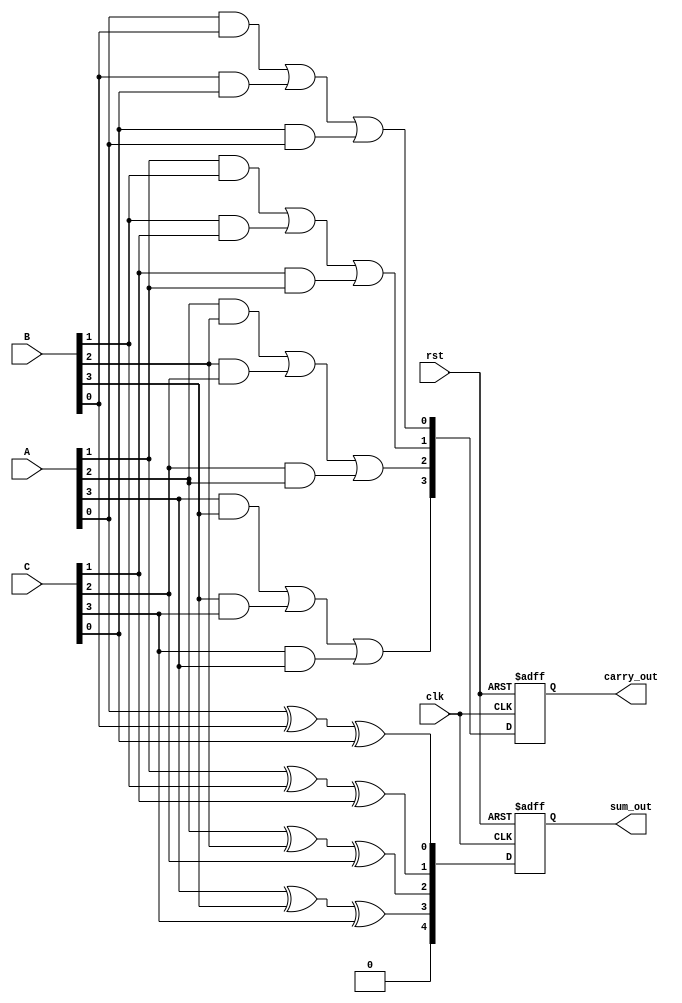
module carry_save_adder #(
    parameter WIDTH = 4 // Width of input numbers
)(
    input [WIDTH-1:0] A, // First input
    input [WIDTH-1:0] B, // Second input
    input [WIDTH-1:0] C, // Third input
    input clk,           // Clock signal
    input rst,           // Reset signal
    output reg [WIDTH:0] sum_out, // Final sum output (WIDTH+1 to accommodate carry)
    output reg [WIDTH-1:0] carry_out // Final carry output
);

    // Internal signals for partial sums and carries
    wire [WIDTH-1:0] partial_sum_1, partial_carry_1;
    wire [WIDTH-1:0] partial_sum_2, partial_carry_2;

    // Generate partial sums and carries
    genvar i;
    generate
        for (i = 0; i < WIDTH; i = i + 1) begin : CSA_stage_1
            assign partial_sum_1[i] = A[i] ^ B[i] ^ C[i]; // Sum bits
            assign partial_carry_1[i] = (A[i] & B[i]) | (B[i] & C[i]) | (C[i] & A[i]); // Carry bits
        end
    endgenerate

    // Second stage to accumulate carries and sums
    always @(posedge clk or posedge rst) begin
        if (rst) begin
            sum_out <= 0;
            carry_out <= 0;
        end else begin
            // Calculate final sum and carry
            sum_out <= {1'b0, partial_sum_1}; // Initial sum with zero carry
            carry_out <= partial_carry_1;     // Initial carry
        end
    end

endmodule